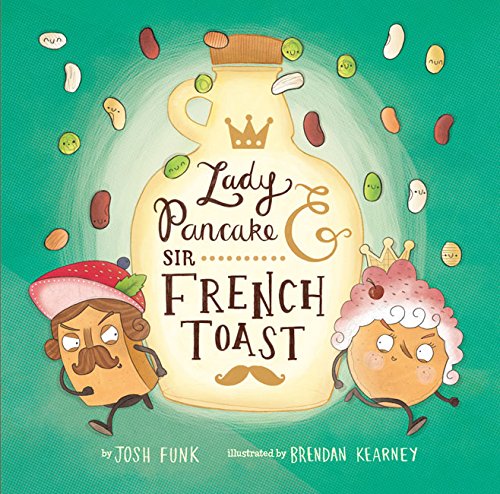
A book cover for Lady Pancake & Sir French Toast; Josh Funk; Children's Books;